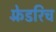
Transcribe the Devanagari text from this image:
फ़्रेडरिच